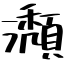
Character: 瀩